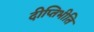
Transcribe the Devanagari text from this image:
दीप्तिभीति